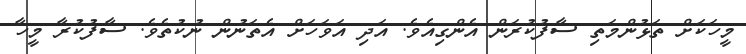
މީހަކަށް ތަޅުންމަތި ސާފުކުރަން އެންގިއެވެ. އަދި އަވަހަށް އެތަނުން ނުކުތެވެ. ސާފުކުރާ މީހާ